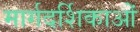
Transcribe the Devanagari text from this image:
मार्गदर्शिकाओं